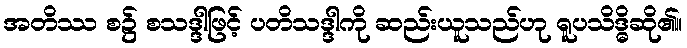
အတိဿ စ၌ စသဒ္ဒါဖြင့် ပတိသဒ္ဒါကို ဆည်းယူသည်ဟု ရူပသိဒ္ဓိဆို၏။